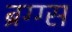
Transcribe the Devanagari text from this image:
ब्रग्ग्स